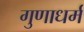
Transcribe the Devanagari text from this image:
गुणाधर्म